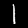
Label: 1